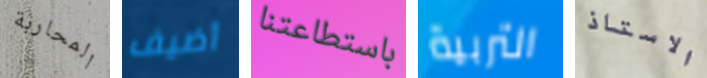
المحاربة أضيف باستطاعتنا التربية الاستاذ